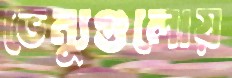
ভেন্যুগুলোয়